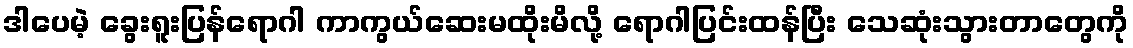
ဒါပေမဲ့ ခွေးရူးပြန်ရောဂါ ကာကွယ်ဆေးမထိုးမိလို့ ရောဂါပြင်းထန်ပြီး သေဆုံးသွားတာတွေကို